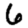
Digit: 6